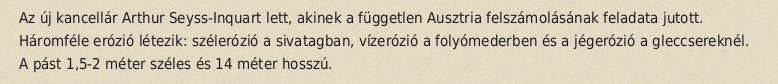
Az új kancellár Arthur Seyss-Inquart lett, akinek a független Ausztria felszámolásának feladata jutott. Háromféle erózió létezik: szélerózió a sivatagban, vízerózió a folyómederben és a jégerózió a gleccsereknél. A pást 1,5-2 méter széles és 14 méter hosszú.